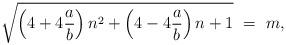
LaTeX: \begin{align*} \sqrt{\left(4+4\frac{a}{b}\right)n^2+\left(4-4\frac{a}{b}\right)n+1} \ = \ m,\end{align*}